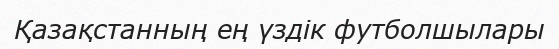
Қазақстанның ең үздік футболшылары